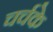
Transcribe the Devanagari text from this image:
चर्चके